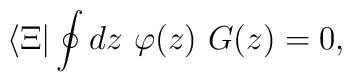
\langle \Xi | \oint dz\ \varphi(z)\ G(z) = 0,